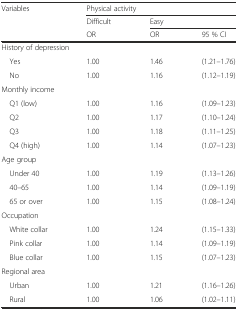
<table><thead><tr><td rowspan="3"><b>Variables</b></td><td colspan="3"><b>Physical activity</b></td></tr><tr><td><b>Difficult</b></td><td colspan="2"><b>Easy</b></td></tr><tr><td><b>OR</b></td><td><b>OR</b></td><td><b>95 % CI</b></td></tr></thead><tbody><tr><td colspan="4">History of depression</td></tr><tr><td> Yes</td><td>1.00</td><td>1.46</td><td>(1.21–1.76)</td></tr><tr><td> No</td><td>1.00</td><td>1.16</td><td>(1.12–1.19)</td></tr><tr><td colspan="4">Monthly income</td></tr><tr><td> Q1 (low)</td><td>1.00</td><td>1.16</td><td>(1.09–1.23)</td></tr><tr><td> Q2</td><td>1.00</td><td>1.17</td><td>(1.10–1.24)</td></tr><tr><td> Q3</td><td>1.00</td><td>1.18</td><td>(1.11–1.25)</td></tr><tr><td> Q4 (high)</td><td>1.00</td><td>1.14</td><td>(1.07–1.23)</td></tr><tr><td colspan="4">Age group</td></tr><tr><td> Under 40</td><td>1.00</td><td>1.19</td><td>(1.13–1.26)</td></tr><tr><td> 40–65</td><td>1.00</td><td>1.14</td><td>(1.09–1.19)</td></tr><tr><td> 65 or over</td><td>1.00</td><td>1.15</td><td>(1.08–1.24)</td></tr><tr><td colspan="4">Occupation</td></tr><tr><td> White collar</td><td>1.00</td><td>1.24</td><td>(1.15–1.33)</td></tr><tr><td> Pink collar</td><td>1.00</td><td>1.14</td><td>(1.09–1.19)</td></tr><tr><td> Blue collar</td><td>1.00</td><td>1.15</td><td>(1.07–1.23)</td></tr><tr><td colspan="4">Regional area</td></tr><tr><td> Urban</td><td>1.00</td><td>1.21</td><td>(1.16–1.26)</td></tr><tr><td> Rural</td><td>1.00</td><td>1.06</td><td>(1.02–1.11)</td></tr></tbody></table>